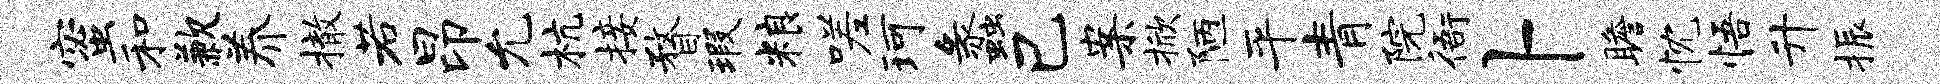
蜜和歉养撤若昂允杭接瞀瑕粮嗟珂蠡己案掀陋平青院衙卜瞻忱悟升振